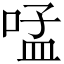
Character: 𠵼